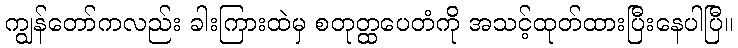
ကျွန်တော်ကလည်း ခါးကြားထဲမှ စတုတ္ထပေတံကို အသင့်ထုတ်ထားပြီးနေပါပြီ။